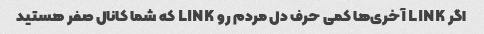
اگر LINK آخری‌ها کمی حرف دل مردم رو LINK که شما کانال صفر هستید